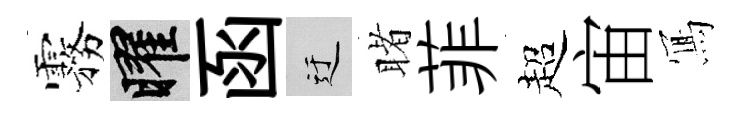
霧曜函迂睹菲超宙𭂁